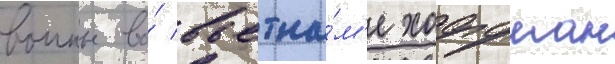
воины во́ вьетна́м'е хоффман